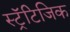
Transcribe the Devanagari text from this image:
स्ट्रॅटिजिक